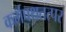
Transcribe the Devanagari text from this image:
कर्मपथतत्पर